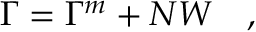
\Gamma = \Gamma ^ { \tiny { m } } + N W ~ ~ ~ ,